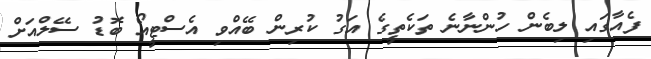
ފެއާގައި ލިބެން ހުންނާނެ ތަކެތީގެ އަގު ކުރިން ބޭއްވި އެސްޓީއޯ ބޮޑު ސޭލްއަށް